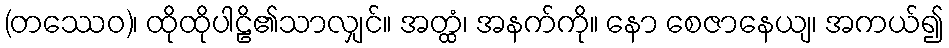
(တဿေဝ)၊ ထိုထိုပါဠိ၏သာလျှင်။ အတ္ထံ၊ အနက်ကို။ နော စေဇာနေယျ၊ အကယ်၍